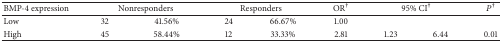
<table><thead><tr><td><b>BMP-4 expression</b></td><td colspan="2"><b>Nonresponders </b></td><td colspan="2"><b> Responders </b></td><td><b>OR<sup>†</sup></b></td><td colspan="2"><b>95% CI<sup>†</sup></b></td><td><b><i>P</i><sup>†</sup></b></td></tr></thead><tbody><tr><td>Low </td><td>32 </td><td>41.56%</td><td>24 </td><td>66.67%</td><td>1.00 </td><td> </td><td> </td><td> </td></tr><tr><td>High </td><td>45 </td><td>58.44%</td><td>12 </td><td>33.33%</td><td>2.81 </td><td>1.23 </td><td>6.44 </td><td>0.01 </td></tr></tbody></table>